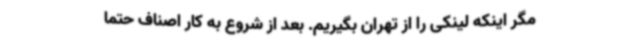
مگر اینکه لینکی را از تهران بگیریم. بعد از شروع به کار اصناف حتما